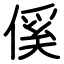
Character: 傒